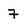
Character: 7